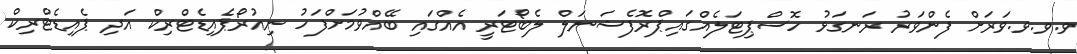
ވ.ވ.ވ.ވަރަށް ފެންވަރު ރަނގަޅު ހޮސްޕިޓަލެއްގައިޕްރޮފެޝަނަލް ލެބޯޓަރީ އެއްގައި ބޭއްވުމަށްފަހު ނިއުރޯޕެއިޑެޓްރިކް އަދި ޕެއިޑެޓްރިކް